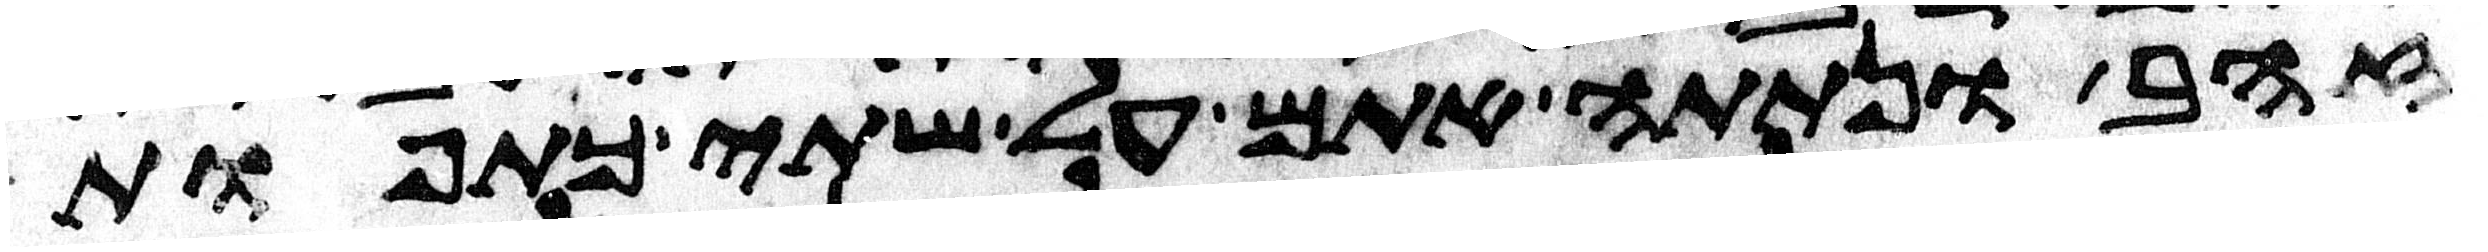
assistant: זהב ונתתה אתם על שתי כתפות